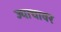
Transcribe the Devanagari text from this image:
ज्याचावर